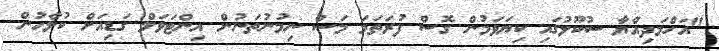
"އަހްމަދިއްޔާ ސުކޫލުގައި ކިޔަވަމުން ގޮސް ފުރަތަމަ މަސް ނިމުނުތަނުން އިންޓަވަލް ގަޑިއަށް ކުލާހުން